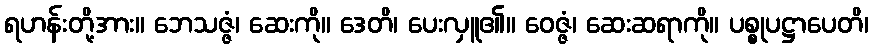
ရဟန်းတို့အား။ ဘေသဇ္ဇံ၊ ဆေးကို။ ဒေတိ၊ ပေးလှူ၏။ ဝေဇ္ဇံ၊ ဆေးဆရာကို။ ပစ္စုပဋ္ဌာပေတိ၊